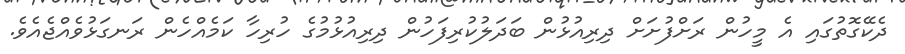
ދެކޭގޮތުގައި އެ މީހުން ރަށްފުށަށް ދިރިއުޅުން ބަދަލުކުރިފަހުން ދިރިއުޅުމުގެ ހުރިހާ ކަމެއްހެން ރަނގަޅުވެއްޖެއެވެ.